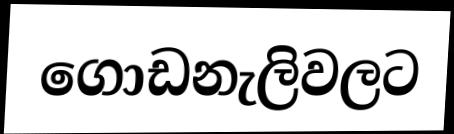
ගොඩනැලිවලට